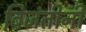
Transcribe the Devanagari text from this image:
बिजंतीनी